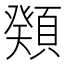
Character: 𩔆